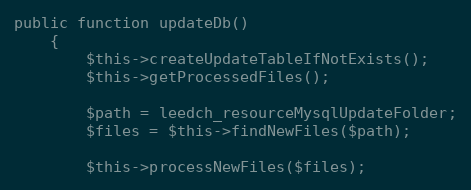
Language: PHP
public function updateDb()
    {
        $this->createUpdateTableIfNotExists();
        $this->getProcessedFiles();

        $path = leedch_resourceMysqlUpdateFolder;
        $files = $this->findNewFiles($path);

        $this->processNewFiles($files);